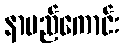
နာမည်ကောင်း